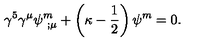
\gamma ^ { 5 } \gamma ^ { \mu } \psi _ { \ ; \mu } ^ { m } + \left( \kappa - { \frac { 1 } { 2 } } \right) \psi ^ { m } = 0 .